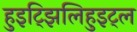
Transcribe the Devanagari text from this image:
हुइट्झिलिहुइट्ल